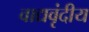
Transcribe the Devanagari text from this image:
वाद्यवृंदीय